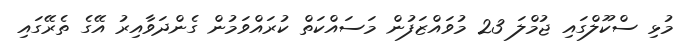
މުޅި ސްކޫލްގައި ޖުމްލަ 23 މުވައްޒަފުން މަސައްކަތް ކުރައްވަމުން ގެންދަވާއިރު އޭގެ ތެރޭގައި